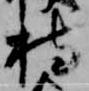
持